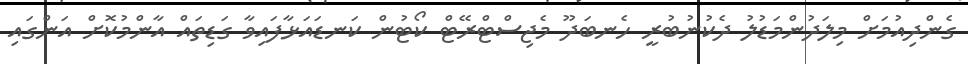
ގެންދިއުމަށް މިލަދުންމަޑުލު ދެކުނުބުރީ ހެނބަދޫ މެޖިސްޓްރޭޓް ކޯޓުން ކަނޑައަޅާފައިވާ ގަޑިތައް އާންމުކޮށް އަންގައި